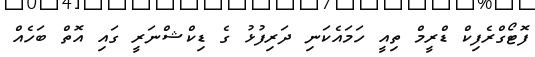
ފޮޓޯގްރެފިކް ޑްރީމް ތިއީ ހަމައެކަނި ދަރިފުޅު ގެ ޑިކްޝްނަރީ ގައި އޮތް ބަހެއް